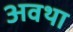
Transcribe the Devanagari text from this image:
अवथा